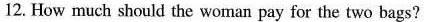
12. How much should the woman pay for the two bags?